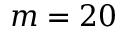
m = 2 0